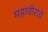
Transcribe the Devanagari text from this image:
महावीराचे